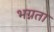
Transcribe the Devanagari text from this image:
भग्नता